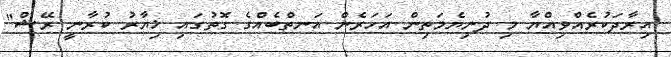
އިރާދަކުރެއްވިއްޔާ މި ދުނިޔެމަތިން އަހަރެން އަނތްބެއްގެ ގޮތުގައި ޚިޔާރު ކުރާނީ ރޭޝް"